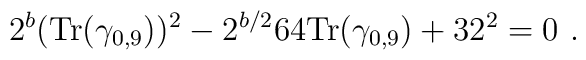
2^{b} ({\mbox {Tr}} (\gamma_{0,9}))^2 - 2^{b/2} 64 {\mbox {Tr}} (\gamma_{0,9}) + 32^2 = 0~.